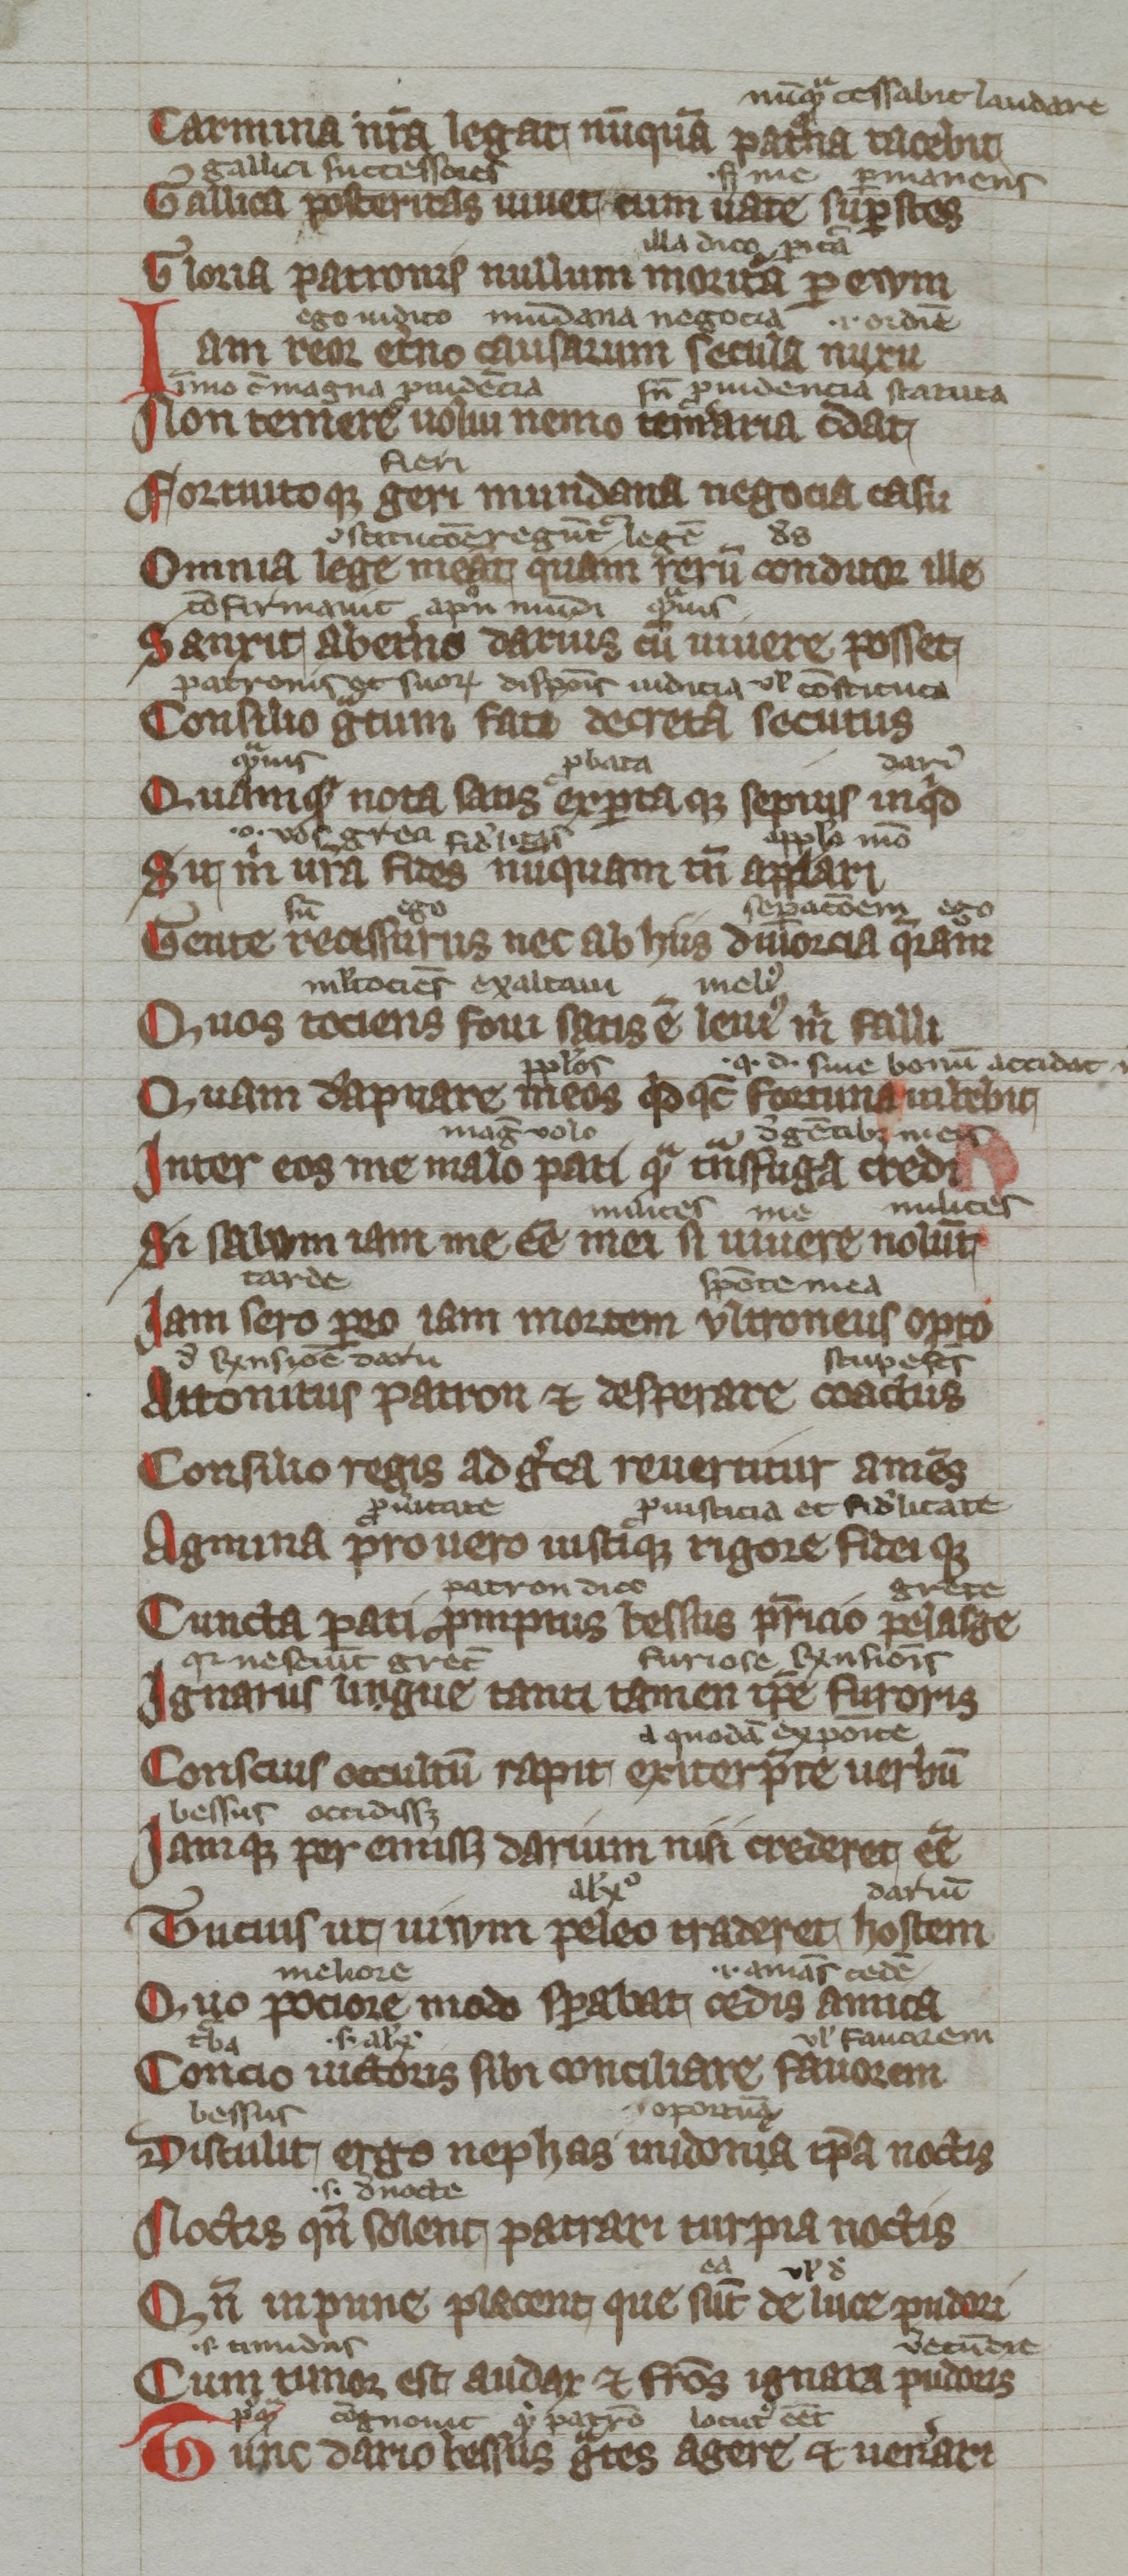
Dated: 1300–1399